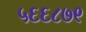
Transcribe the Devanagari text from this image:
५६६८७९